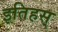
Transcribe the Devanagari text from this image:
इतिहस्